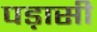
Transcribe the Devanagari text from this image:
पड़ासी